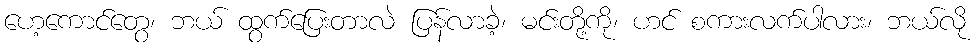
ဟေ့ကောင်တွေ၊ ဘယ် ထွက်ပြေးတာလဲ ပြန်လာခဲ့၊ မင်းတို့ကို၊ ဟင် စကားလက်ပါလား၊ ဘယ်လို